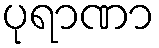
ပုရာဏာ